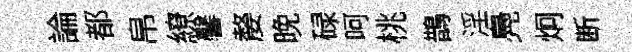
論都帛繚馨嫠晚碌呵桃鵲淫鳧炯断